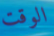
الوقت